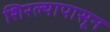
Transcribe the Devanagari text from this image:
शिरल्यापासून